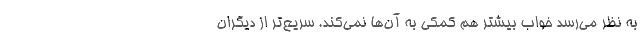
به نظر می‌رسد خواب بیشتر هم کمکی به آن‌ها نمی‌کند. سریع‌تر از دیگران